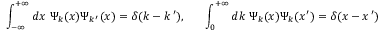
\int _ { - \infty } ^ { + \infty } d x \, \, \Psi _ { k } ( x ) \Psi _ { k \, ^ { \prime } } ( x ) = \delta ( k - k \, ^ { \prime } ) , ~ ~ ~ ~ ~ \int _ { 0 } ^ { + \infty } d k \, \, \Psi _ { k } ( x ) \Psi _ { k } ( x ^ { \prime } ) = \delta ( x - x \, ^ { \prime } )